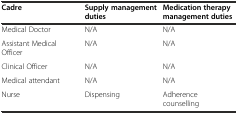
<table><thead><tr><td><b>Cadre</b></td><td><b>Supply management duties</b></td><td><b>Medication therapy management duties</b></td></tr></thead><tbody><tr><td>Medical Doctor</td><td>N/A</td><td>N/A</td></tr><tr><td>Assistant Medical Officer</td><td>N/A</td><td>N/A</td></tr><tr><td>Clinical Officer</td><td>N/A</td><td>N/A</td></tr><tr><td>Medical attendant</td><td>N/A</td><td>N/A</td></tr><tr><td>Nurse</td><td>Dispensing</td><td>Adherence counselling</td></tr></tbody></table>